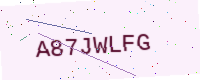
Text: A87JWLFG